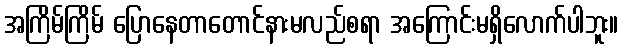
အကြိမ်ကြိမ် ပြောနေတာတောင်နားမလည်စရာ အကြောင်းမရှိလောက်ပါဘူး။